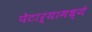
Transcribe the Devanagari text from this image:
पेटाऱ्यामध्ये